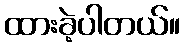
ထားခဲ့ပါတယ်။